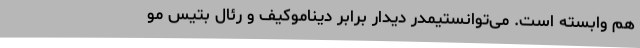
هم وابسته است. می‌توانستیمدر دیدار برابر دیناموکیف و رئال بتیس مو